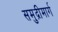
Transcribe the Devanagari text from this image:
समुद्रीमार्ग